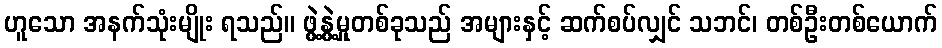
ဟူသော အနက်သုံးမျိုး ရသည်။ ဖွဲ့နွဲ့မှုတစ်ခုသည် အများနှင့် ဆက်စပ်လျှင် သဘင်၊ တစ်ဦးတစ်ယောက်